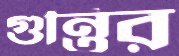
গুন্তির